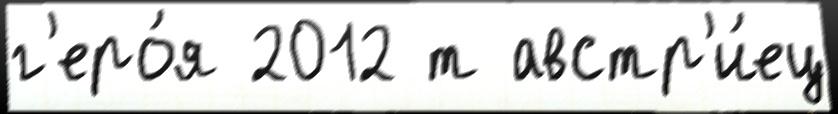
г'еро́я 2012 т австр'и́ец